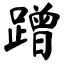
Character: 蹭